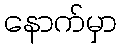
နောက်မှာ